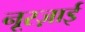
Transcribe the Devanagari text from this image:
नूरज़ाई